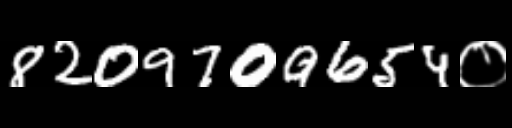
Text: 8209709654०